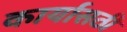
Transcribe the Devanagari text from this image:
कार्यासठी